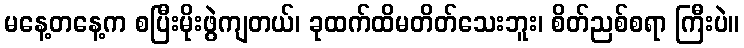
မနေ့တနေ့က စပြီးမိုးဖွဲကျတယ်၊ ခုထက်ထိမတိတ်သေးဘူး၊ စိတ်ညစ်စရာ ကြီးပဲ။